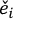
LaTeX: { \check { e } } _ { i }